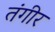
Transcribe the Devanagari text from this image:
तंगीर